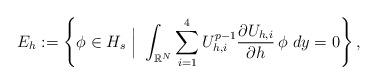
LaTeX: \begin{align*} \begin{aligned} {E}_h:= \left\{ \phi \in H_s ~\Big|~ \int_{\mathbb{R}^N}\sum_{i=1}^4 U_{h,i}^{p-1} \frac{\partial U_{h,i}}{\partial h} \,\phi~dy = 0 \right\}, \end{aligned}\end{align*}